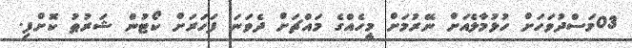
03މަސްދުވަހަށް ހުޅުމާލެއަށް ނޭރުމަށް މީހެއްގެ މައްޗަށް ދެވަނަ ފަހަރަށް ކޯޓުން ޝަރުޠު ކޮށްފި.